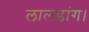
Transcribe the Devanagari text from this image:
लालडांग।